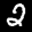
Label: 2